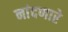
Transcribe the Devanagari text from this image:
नांदणारे